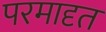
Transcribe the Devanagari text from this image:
परमादृत